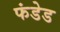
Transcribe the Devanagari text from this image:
फंडेड